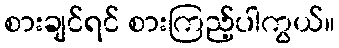
စားချင်ရင် စားကြည့်ပါကွယ်။